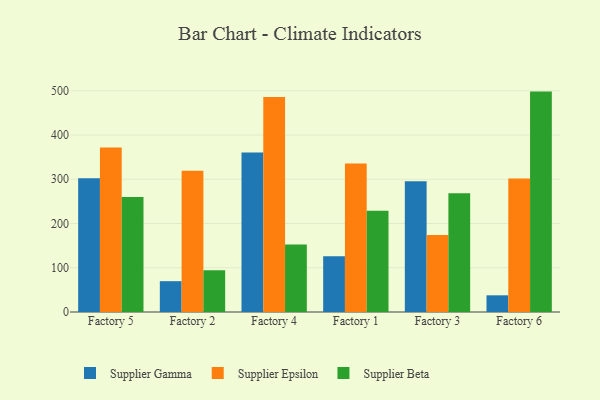
{"axis": {"x": "Factory", "y": "Bounce Rate (%)"}, "legend": ["Supplier Beta", "Supplier Epsilon", "Supplier Gamma"], "data": [{"x": "Factory 5", "y": 302.1, "type": "Supplier Gamma"}, {"x": "Factory 5", "y": 371.6, "type": "Supplier Epsilon"}, {"x": "Factory 5", "y": 260.0, "type": "Supplier Beta"}, {"x": "Factory 2", "y": 69.7, "type": "Supplier Gamma"}, {"x": "Factory 2", "y": 319.5, "type": "Supplier Epsilon"}, {"x": "Factory 2", "y": 94.4, "type": "Supplier Beta"}, {"x": "Factory 4", "y": 360.6, "type": "Supplier Gamma"}, {"x": "Factory 4", "y": 486.1, "type": "Supplier Epsilon"}, {"x": "Factory 4", "y": 152.3, "type": "Supplier Beta"}, {"x": "Factory 1", "y": 126.1, "type": "Supplier Gamma"}, {"x": "Factory 1", "y": 335.9, "type": "Supplier Epsilon"}, {"x": "Factory 1", "y": 228.9, "type": "Supplier Beta"}, {"x": "Factory 3", "y": 295.7, "type": "Supplier Gamma"}, {"x": "Factory 3", "y": 174.1, "type": "Supplier Epsilon"}, {"x": "Factory 3", "y": 268.2, "type": "Supplier Beta"}, {"x": "Factory 6", "y": 37.7, "type": "Supplier Gamma"}, {"x": "Factory 6", "y": 301.7, "type": "Supplier Epsilon"}, {"x": "Factory 6", "y": 498.2, "type": "Supplier Beta"}]}